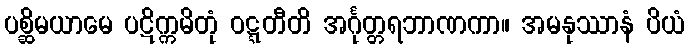
ပစ္ဆိမယာမေ ပဋိက္ကမိတုံ ဝဋ္ဋတီတိ အင်္ဂုတ္တရဘာဏကာ။ အမနုဿာနံ ပိယံ